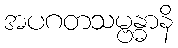
အပဂတသမ္ဗန္ဓာနိ